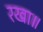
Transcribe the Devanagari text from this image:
रखा॥